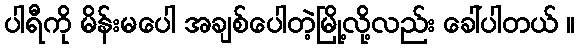
ပါရီကို မိန်းမပေါ အချစ်ပေါတဲ့မြို့လို့လည်း ခေါ်ပါတယ် ။